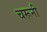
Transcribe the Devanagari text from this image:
चरूनी